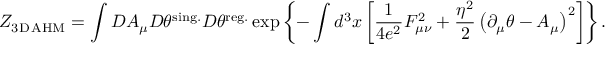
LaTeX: { \cal Z } _ { \mathrm { 3 D { \, } A H M } } = \int D A _ { \mu } D \theta ^ { \mathrm { s i n g . } } D \theta ^ { \mathrm { r e g . } } \exp \left\{ - \int d ^ { 3 } x \left[ \frac { 1 } { 4 e ^ { 2 } } { \cal F } _ { \mu \nu } ^ { 2 } + \frac { \eta ^ { 2 } } { 2 } \left( \partial _ { \mu } \theta - A _ { \mu } \right) ^ { 2 } \right] \right\} .